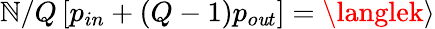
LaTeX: \mathbb{N}/Q\left[p_{in}+(Q-1)p_{o\mathit{u}t}\right]=\langlek\rangle